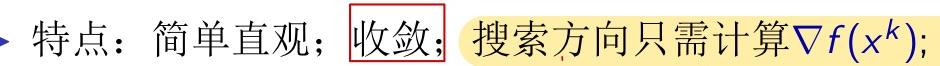
特点：简单直观；收敛；搜索方向只需计算$\nabla f(x^{k})$;